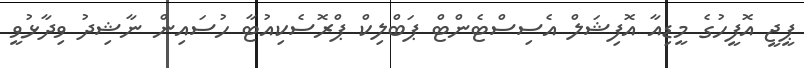
ޕީޖީ އޮފީހުގެ މީޑިއާ އޮފިޝަލް އެސިސްޓެންޓް ޕަބްލިކް ޕްރޮސެކިއުޓާ ހުސައިން ނާޝިދު ވިދާޅުވީ